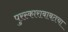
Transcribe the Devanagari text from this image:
पुरस्काराबाबतचा